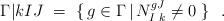
LaTeX: \begin{align*} \Gamma \vert{k}{I}{J} \ = \ \{ \, g \in \Gamma \, |\, N^{gJ}_{I\, \, k} \neq 0 \ \}\ \ .\end{align*}